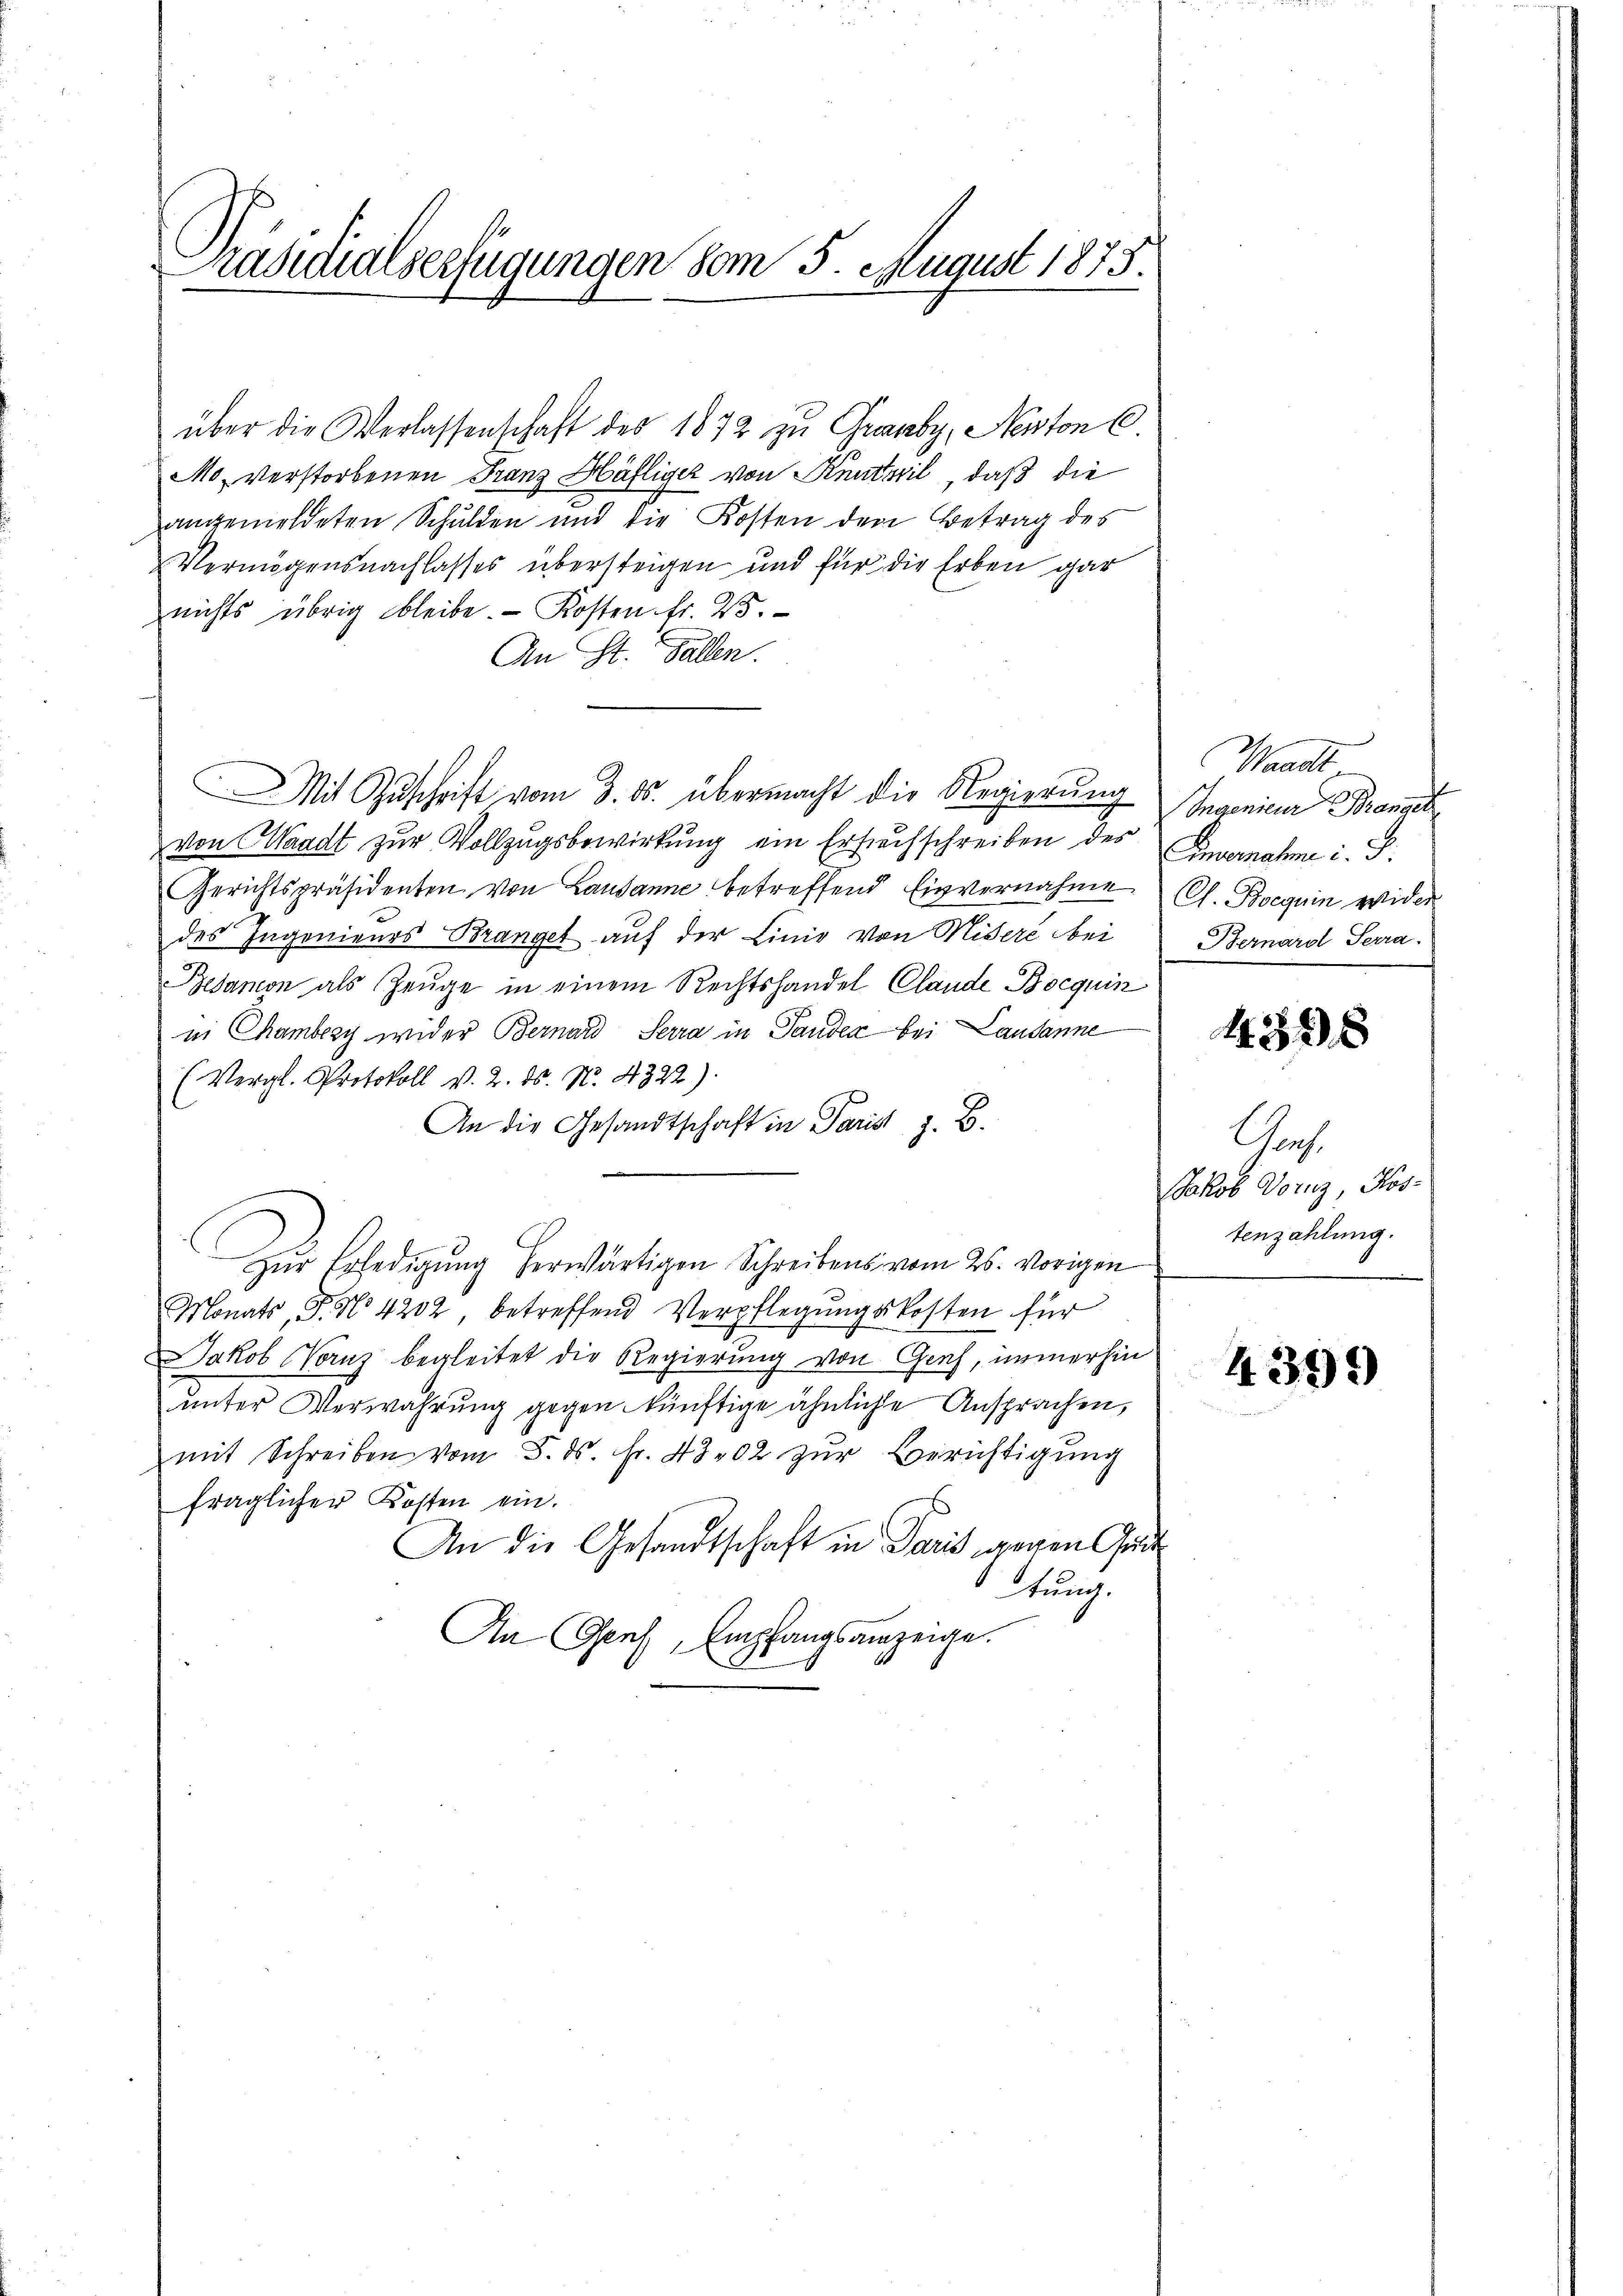
Präsidialserfügungen vom 5. August 1875.

über die Verlassenschaft des 1872 zu Grauby, Neston C.
Mo, verstorbenen Franz Häfliger von Kenteil, daß die
angemeldeten Schulden und die Kosten den Betrag des
Vermögensnachlasses übersteigen und für die Erben gar
nichts übrig bleibe. - Kosten fr. 25.
An St. Gallen.
Mit Zuschrift vom 3. ds. übermacht die Regierung
von Waadt zur Vollzugsbewirkung ein Ersuchschreiben des
Gerichtspräsidenten von Lausanne betreffend Einvernahme (s. Boeguin wider
des Ingenieurs Brangel auf der Linie von Misere bei
Besanon als Zeuge in einem Rechtshandel Clande Bocquin
in Chamberg wider Bernard Sera in Panden bei Lausanne
(Vergl. Protokoll v. 2. ds. N. 4322)
An die Gesandtschaft in Paris z. B.
Zur Erledigung herwärtigen Schreibens vom 26. vorigen
Monats, P. No 4202, betreffend Verpflegŭngskosten für
Jakob Vornz begleitet die Regierung von Graf, immerhin
unter Verwahrung gegen künftige ähnliche Ansprachen,
mit Schreiben vom 5. ds. fr. 4302 zŭr Berichtigung
fraglicher Kosten ein.
An die Gesandtschaft in Paris gegen Gut
Thun.
An Genf, Empfangsanzeige.

Waadt.
Ingenieur Branget
Envernahme d. J.
Bernarol Sera.

4328

Ges.
Jakob Dornz, Rostenzahlung.

4399